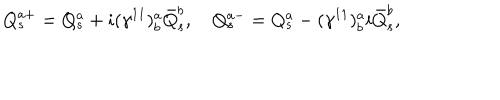
Q _ { s } ^ { a + } = Q _ { s } ^ { a } + i ( \gamma ^ { 1 1 } ) _ { b } ^ { a } \bar { Q } _ { s } ^ { b } , \quad Q _ { s } ^ { a - } = Q _ { s } ^ { a } - ( \gamma ^ { 1 1 } ) _ { b } ^ { a } i \bar { Q } _ { s } ^ { b } ,